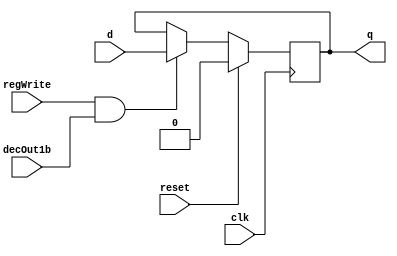
`timescale 1ns / 1ps
//////////////////////////////////////////////////////////////////////////////////
// Company: 
// Engineer: 
// 
// Design Name: 
// Module Name:    D_FF 
// Project Name: 
// Target Devices: 
// Tool versions: 
// Description: 
//
// Dependencies: 
//
// Revision: 
// Revision 0.01 - File Created
// Additional Comments: 
//
//////////////////////////////////////////////////////////////////////////////////
module D_FF(input clk, input reset, input regWrite, input d, input decOut1b, output reg q);
	always @ (negedge clk)
	begin
		if(reset==1)
			q=0;
		else
			if(regWrite == 1 && decOut1b==1)
			begin
				q=d;
			end
		end
endmodule